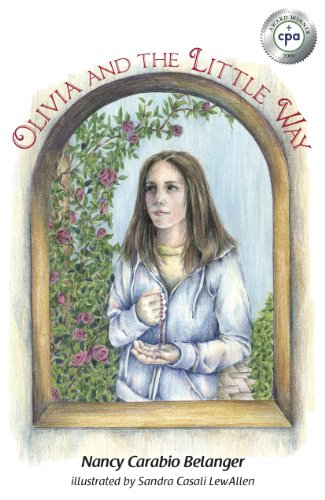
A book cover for Olivia and the Little Way; Nancy Carabio Belanger; Teen & Young Adult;